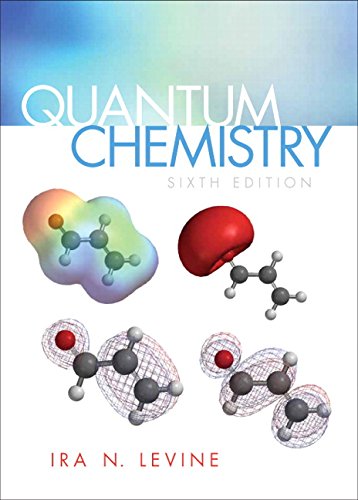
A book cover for Quantum Chemistry (6th Edition); Ira N. Levine; Science & Math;